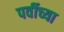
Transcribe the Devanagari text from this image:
पर्वीच्या